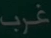
غرب